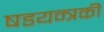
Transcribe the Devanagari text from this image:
षडयन्त्रकी